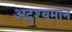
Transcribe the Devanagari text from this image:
अदृश्यमान